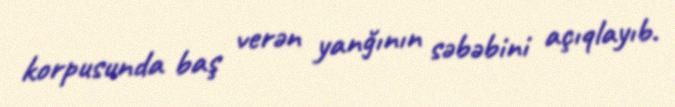
korpusunda baş verən yanğının səbəbini açıqlayıb.